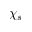
\chi _ { s }